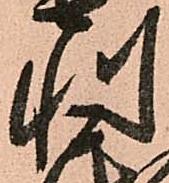
利